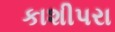
કાશીપરા